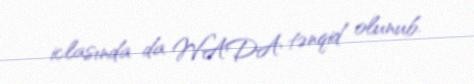
iclasında da WADA tənqid olunub.